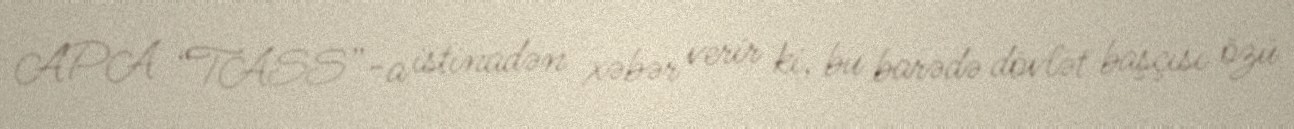
APA “TASS”-a istinadən xəbər verir ki, bu barədə dövlət başçısı özü